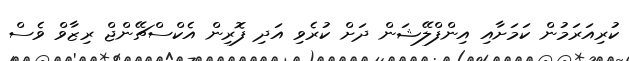
ކުރިއަރަމުން ކަމަށާއި އިންފްލޭޝަން ދަށް ކުރެވި އަދި ފޮރިން އެކްސްޗޭންޖް ރިޒާވް ވެސް